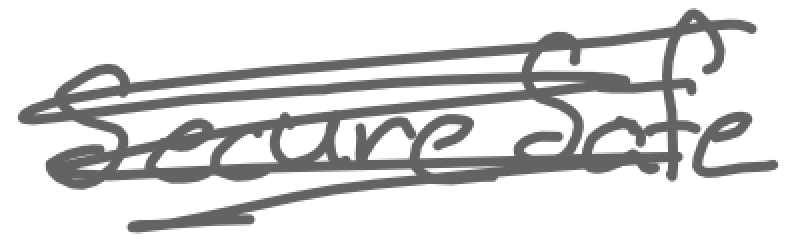
Text: SecureSafe
Cross-out: scratch
Writing tool: digital_gray